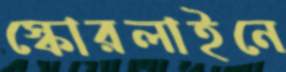
স্কোরলাইনে